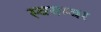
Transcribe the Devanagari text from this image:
स्वयम्बर